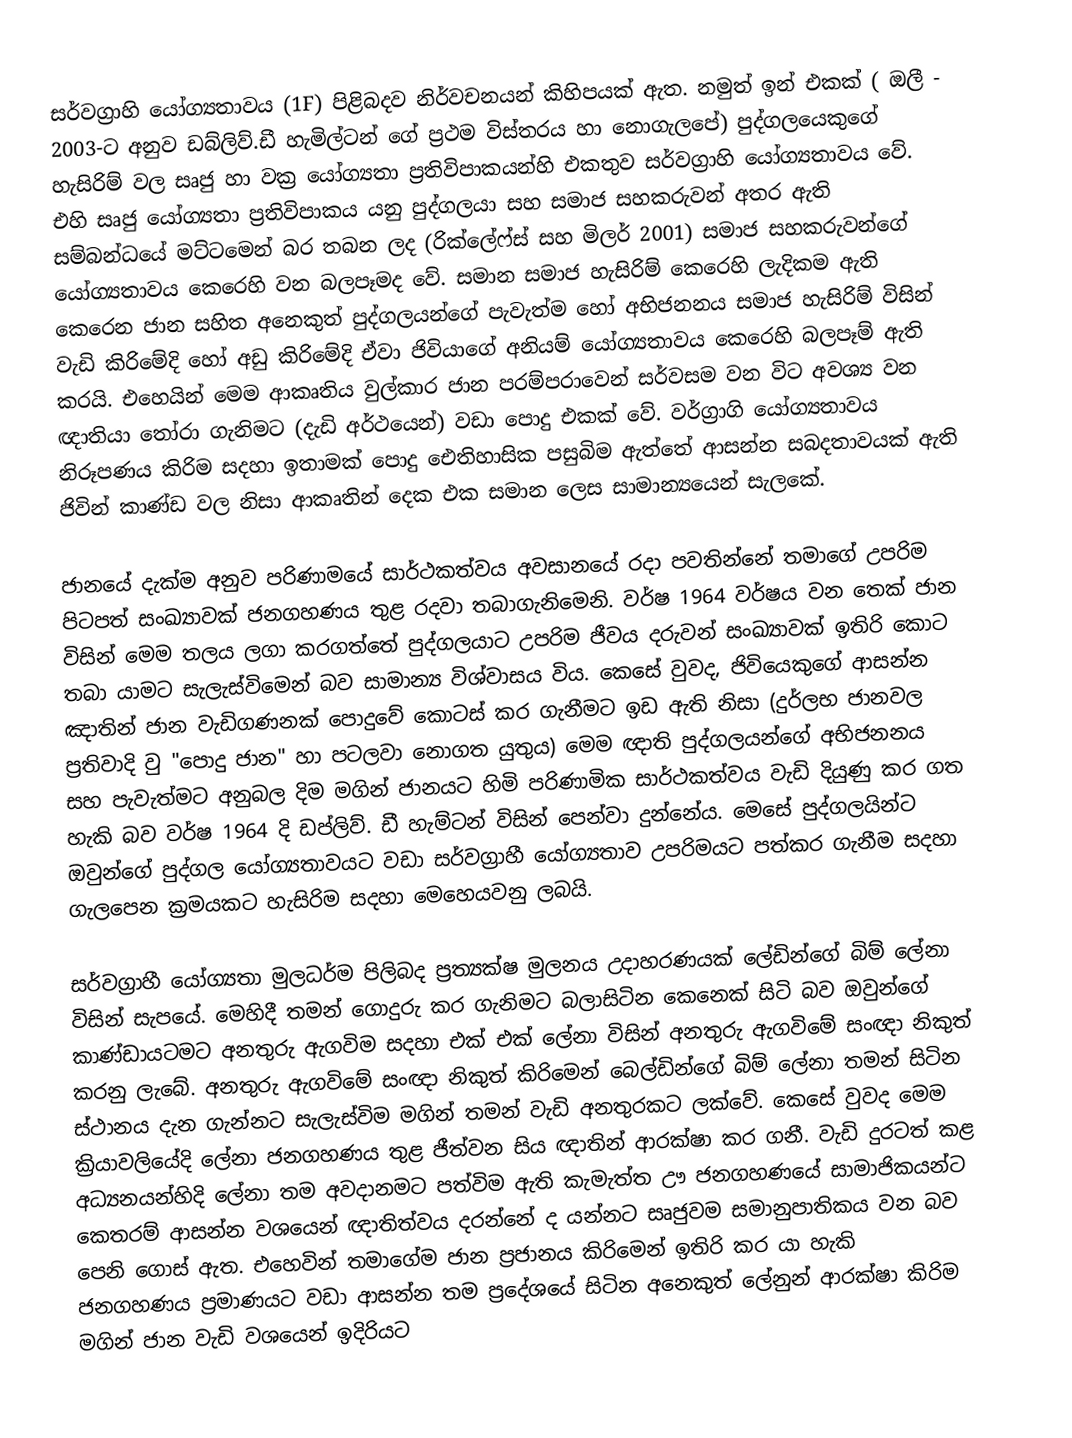
සර්වග්‍රාහි යෝග්‍යතාවය (1F) පිළිබදව නිර්වචනයන් කිහිපයක් ඇත. නමුත් ඉන් ‍එකක් ( ඔලී - 2003-ට අනුව ඩබ්ලිව්.ඩී හැමිල්ටන් ගේ ප්‍රථම විස්තරය හා නොගැලපේ) පුද්ගලයෙකුගේ හැසිරිම් වල සෘජු හා වක්‍ර යෝග්‍යතා ප්‍රතිවිපාකයන්හි එකතුව සර්වග්‍රාහි යෝග්‍යතාවය වේ. එහි සෘජු ‍යෝග්‍යතා ප්‍රතිවිපාකය යනු පුද්ගලයා සහ සමාජ සහකරුවන් අතර ඇති සම්බන්ධයේ මට්ටමෙන් බර තබන ලද (රික්ලේෆ්ස් සහ මිලර් 2001) සමාජ සහකරුවන්ගේ යෝග්‍යතාවය‍ කෙරෙහි වන බලපෑමද වේ. සමාන සමාජ හැසිරිම් කෙරෙහි ලැදිකම ඇති කෙරෙන ජාන සහිත අනෙකුත් පුද්ගලයන්ගේ පැවැත්ම හෝ අභිජනනය සමාජ හැසිරිම් විසින් වැඩි කිරිමේදි හෝ අඩු කිරිමේදි ඒවා ජිවියාගේ අනියම් යෝග්‍යතාවය කෙරෙහි බලපෑම් ඇති කරයි. එහෙයින් මෙම ආකෘතිය වුල්කාර ජාන පරම්පරාවෙන් සර්වසම වන විට අවශ්‍ය වන ඥාතියා තෝරා ගැනිමට (දැඩි අර්ථයෙන්) වඩා ‍පොදු එකක් වේ. වර්ග්‍රාගි යෝග්‍යතාවය නිරූපණය කිරිම සදහා ඉතාමක් පොදු ඓතිහාසික පසුබිම ඇත්තේ ආසන්න සබදතාවයක් ඇති ජිවින් කාණ්ඩ වල නිසා ආකෘතින් දෙක එක සමාන ලෙස සාමාන්‍යයෙන් සැලකේ.

ජානයේ දැක්ම අනුව පරිණාමයේ සාර්ථකත්වය අවසානයේ රදා පවතින්නේ තමාගේ උපරිම පිටපත් සංඛ්‍යාවක් ජනගහණය තුළ රදවා තබාගැනිමෙනි. වර්ෂ 1964 වර්ෂය වන තෙක් ජාන විසින් මෙම තලය ලගා කරගත්තේ පුද්ගලයාට උපරිම ජීවය දරුවන් සංඛ්‍යාවක් ඉතිරි කොට තබා යාමට සැලැස්විමෙන් බව සාමාන්‍ය විශ්වාසය විය. කෙසේ වුවද, ජිවියෙකුගේ ආසන්න  ඤාතින් ජාන වැඩිගණනක් පොදුවේ කොටස් කර ගැනීමට ඉඩ ඇති නිසා (දුර්ලභ ජානවල ප්‍රතිවාදි වු "පොදු ‍ජාන" හා පටලවා නොගත යුතුය) මෙම ඥාති පුද්ගලයන්ගේ අභිජනනය සහ පැවැත්මට අනුබල දිම මගින් ජානයට හිමි පරිණාමික සාර්ථකත්වය වැඩි දියුණු කර ගත හැකි බව වර්ෂ 1964 දි ඩප්ලිව්. ඩී හැම්ටන් විසින් පෙන්වා දුන්නේය. මෙසේ පුද්ගලයින්ට ඔවුන්ගේ පුද්ගල යෝග්‍යතාවයට වඩා සර්වග්‍රාහී යෝග්‍යතාව උපරිමයට පත්කර ගැනීම සදහා ගැලපෙන ක්‍රමයකට හැසිරිම සදහා මෙහෙයවනු ලබයි.

සර්වග්‍රාහී යෝග්‍යතා මුලධර්ම පිලිබද ප්‍රත්‍යක්ෂ මුලනය උදාහරණයක් ලේඩින්ගේ බිම් ලේනා විසින් සැපයේ. මෙහිදී තමන් ගොදුරු කර ගැනිමට බලාසිටින කෙනෙක් සිටි බව ඔවුන්ගේ කාණ්ඩායටමට අනතුරු ඇගවිම සදහා එක් එක් ලේනා විසින් අනතුරු ඇගවිමේ සංඥා නිකුත් කරනු ලැබේ. අනතුරු ඇගවිමේ සංඥා නිකුත් කිරිමෙන් ‍බෙල්ඩින්ගේ බිම් ලේනා තමන් සිටින ස්ථානය දැන ගැන්නට සැලැස්විම මගින් තමන් වැඩි අනතුරකට ලක්වේ. කෙසේ වුවද මෙම ක්‍රියාවලියේදි ලේනා ජනගහණය තුළ ජීත්වන සිය ඥාතින් ආරක්ෂා කර ගනී. වැඩි දුරටත් කළ අධ්‍යනයන්හිදි ලේනා තම අවදානමට පත්විම ඇති කැමැත්ත ඌ ජනගහණයේ සාමාජිකයන්ට කෙතරම් ආසන්න වශයෙන් ඥාතිත්වය දරන්නේ ද යන්නට සෘජුවම සමානුපාතිකය වන බව පෙනි ගොස් ඇත. එහෙවින් තමාගේම ජාන ප්‍රජානය කිරිමෙන් ඉතිරි කර යා හැකි ජනගහණය ප්‍රමාණයට වඩා ආසන්න තම ප්‍රදේශයේ සිටින අනෙකුත් ලේනුන් ආරක්ෂා කිරිම මගින් ජාන වැඩි වශයෙන් ඉදිරියට